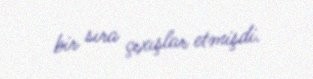
bir sıra çıxışlar etmişdi.